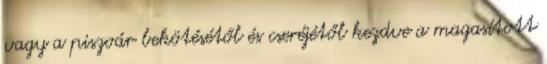
vagy a piszoár bekötésétől és cseréjétől kezdve a magasított